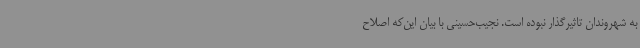
به شهروندان تاثیرگذار نبوده است. نجیب‌حسینی با بیان این‌که اصلاح